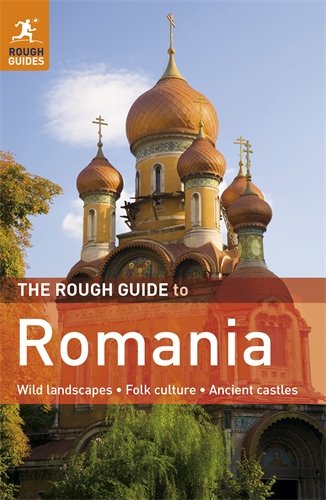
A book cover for The Rough Guide to Romania; Darren (Norm) Longley; Travel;